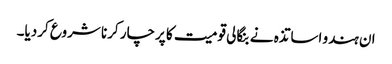
ان ہندو اساتذہ نے بنگالی قومیت کا پرچار کرنا شروع کردیا۔